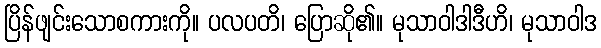
ပြိန်ဖျင်းသောစကားကို။ ပလပတိ၊ ပြောဆို၏။ မုသာဝါဒါဒီဟိ၊ မုသာဝါဒ